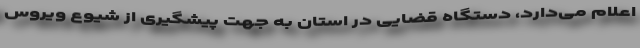
اعلام می‌دارد، دستگاه قضایی در استان به جهت پیشگیری از شیوع ویروس